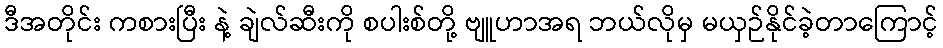
ဒီအတိုင်း ကစားပြီး နဲ့ ချဲလ်ဆီးကို စပါးစ်တို့ ဗျူဟာအရ ဘယ်လိုမှ မယှဉ်နိုင်ခဲ့တာကြောင့်